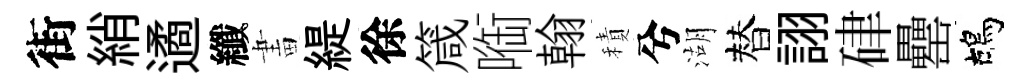
街綃遹纖畫緹徐箴㗸翰積兮湖替詡硉罍鴣